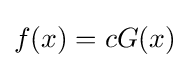
f(x)=cG(x)